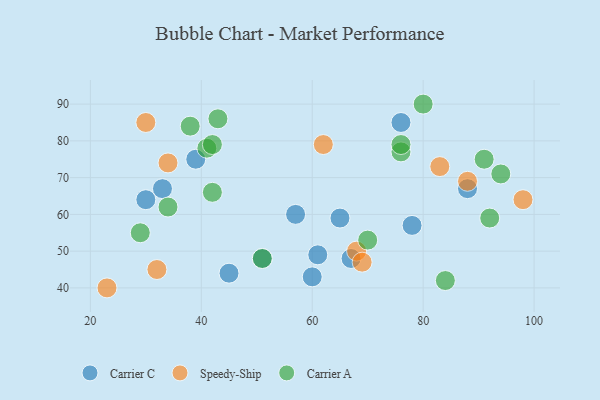
{"axis": {"x": "GDP", "y": "Life Expectancy"}, "legend": ["Carrier A", "Carrier C", "Speedy-Ship"], "data": [{"x": "45", "y": 44, "type": "Carrier C"}, {"x": "51", "y": 48, "type": "Carrier C"}, {"x": "88", "y": 67, "type": "Carrier C"}, {"x": "60", "y": 43, "type": "Carrier C"}, {"x": "76", "y": 85, "type": "Carrier C"}, {"x": "65", "y": 59, "type": "Carrier C"}, {"x": "39", "y": 75, "type": "Carrier C"}, {"x": "33", "y": 67, "type": "Carrier C"}, {"x": "61", "y": 49, "type": "Carrier C"}, {"x": "67", "y": 48, "type": "Carrier C"}, {"x": "78", "y": 57, "type": "Carrier C"}, {"x": "57", "y": 60, "type": "Carrier C"}, {"x": "30", "y": 64, "type": "Carrier C"}, {"x": "62", "y": 79, "type": "Speedy-Ship"}, {"x": "68", "y": 50, "type": "Speedy-Ship"}, {"x": "32", "y": 45, "type": "Speedy-Ship"}, {"x": "30", "y": 85, "type": "Speedy-Ship"}, {"x": "98", "y": 64, "type": "Speedy-Ship"}, {"x": "34", "y": 74, "type": "Speedy-Ship"}, {"x": "88", "y": 69, "type": "Speedy-Ship"}, {"x": "23", "y": 40, "type": "Speedy-Ship"}, {"x": "83", "y": 73, "type": "Speedy-Ship"}, {"x": "69", "y": 47, "type": "Speedy-Ship"}, {"x": "51", "y": 48, "type": "Carrier A"}, {"x": "76", "y": 77, "type": "Carrier A"}, {"x": "34", "y": 62, "type": "Carrier A"}, {"x": "70", "y": 53, "type": "Carrier A"}, {"x": "94", "y": 71, "type": "Carrier A"}, {"x": "76", "y": 79, "type": "Carrier A"}, {"x": "92", "y": 59, "type": "Carrier A"}, {"x": "41", "y": 78, "type": "Carrier A"}, {"x": "29", "y": 55, "type": "Carrier A"}, {"x": "84", "y": 42, "type": "Carrier A"}, {"x": "43", "y": 86, "type": "Carrier A"}, {"x": "42", "y": 79, "type": "Carrier A"}, {"x": "38", "y": 84, "type": "Carrier A"}, {"x": "91", "y": 75, "type": "Carrier A"}, {"x": "80", "y": 90, "type": "Carrier A"}, {"x": "42", "y": 66, "type": "Carrier A"}]}